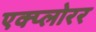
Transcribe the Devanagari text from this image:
एक्प्लोरर